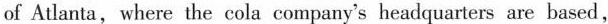
of Atlanta, where the colacompany's headquarters are based,